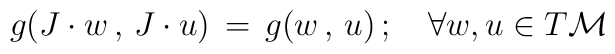
g(J\cdot w\, ,\, J\cdot u)\, =\, g(w\, ,\, u)\, ; \quad\forall w,u\in T{\cal M}